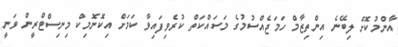
އާންމުކޮށް ލިބޭނެ އިންތިޒާމް ހަމަޖެއްސުމުގެ މަސައްކަތް ކުރެވިފައިވާ ކަމަށް އިކޮނޮމިކް މިނިސްޓްރީން ވަނީ